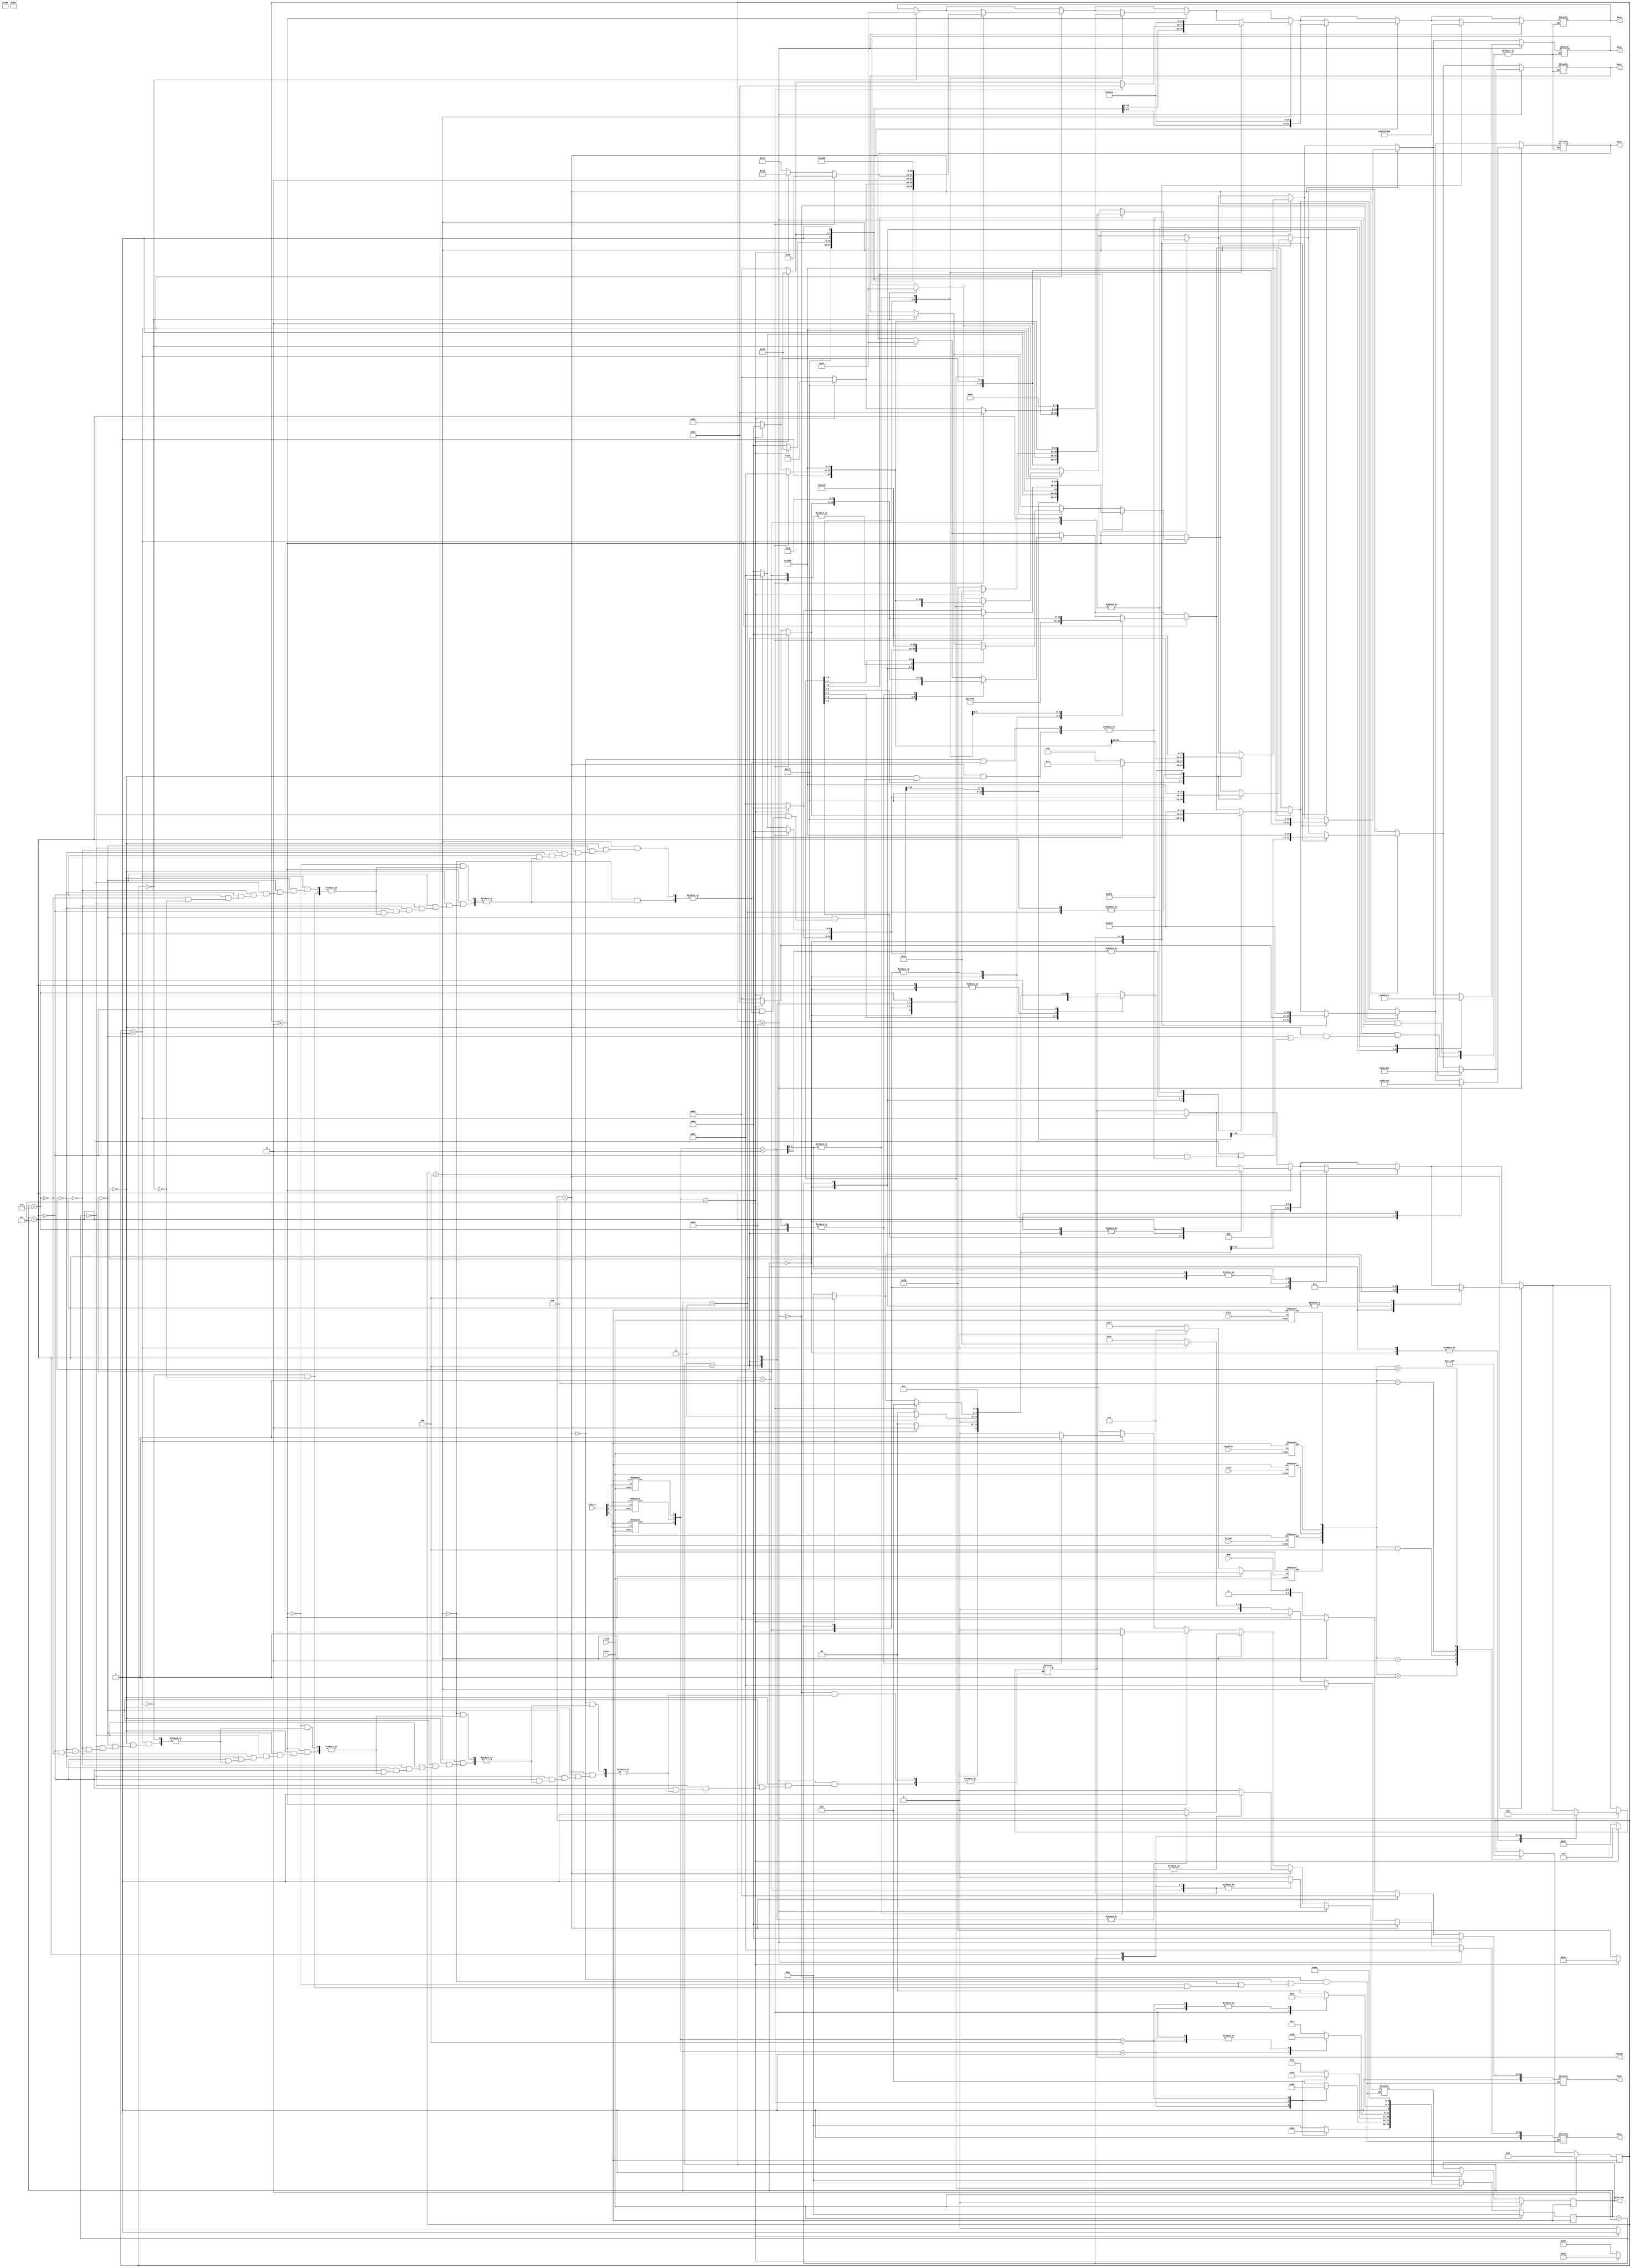

`timescale 1ns/1ns

module vendingMachine(clock, reset, coin_c, MnM, KitKat, Lays, Doritos, Coke, prod_out, hex0, hex1, hex2, hex3, hex4, hex5, change);
	
	input clock;
	input reset;
	input wire [2:0]coin_c;
	input MnM, KitKat, Lays, Doritos, Coke;
	
	output reg prod_out;
	output reg [7:0] hex0, hex1, hex2, hex3, hex4, hex5;
	
	reg [2:0]state,next_state;
	reg prod; 
	output reg [2:0]change;
	
	wire out_en;
	wire [63:0] out;
	wire A, B, C, D, E;
	wire [2:0]coin;
	
	//Change defined as parameter
	parameter [2:0] zero=3'b000;
	parameter [2:0] nickel=3'b001;
	parameter [2:0] dime=3'b010;
	parameter [2:0] nickel_dime=3'b011;
	parameter [2:0] dime_dime=3'b100;
	parameter [2:0] quarter=3'b101;

	//States defined as parameter
	parameter [2:0] IDLE=3'b000;
	parameter [2:0] FIVE=3'b001;
	parameter [2:0] TEN=3'b010;
	parameter [2:0] FIFTEEN=3'b011;
	parameter [2:0] TWENTY=3'b100;
	parameter [2:0] TWENTYFIVE=3'b101;
	parameter [2:0] THIRTY = 3'b110;
	

	//Coins defined as parameter
	parameter [2:0] Ni = 3'b001;
	parameter [2:0] Di = 3'b010;
	parameter [2:0] Qu = 3'b100;


	//Debouced module (written below) instantiated here for products and input currencies
	debounce Adb(MnM,clock,reset,A);
	debounce Bdb(KitKat,clock,reset,B);
	debounce Cdb(Lays,clock,reset,C);
	debounce Ddb(Doritos,clock,reset,D);
	debounce Edb(Coke,clock,reset,E);
	debounce Dimedb(coin_c[1],clock,reset,coin[1]);
	debounce Nickeldb(coin_c[0],clock,reset,coin[0]);
	debounce Quarterdb(coin_c[2],clock,reset,coin[2]);
	

	//FSM design
	always @(state or coin)
	begin 
	case(state)
		IDLE: case(coin) 
			Ni: next_state=FIVE;
			Di: next_state=TEN;
			Qu: next_state=TWENTYFIVE;
			default: next_state=IDLE;
	endcase
		FIVE: case(coin) 
			Ni: next_state=TEN;
			Di: next_state=FIFTEEN;
			Qu: next_state=TWENTYFIVE; 
			default: next_state=FIVE;
	endcase
		TEN: case(coin) 
			Ni: next_state=FIFTEEN;
			Di: next_state=TWENTY;
			Qu: next_state=TWENTYFIVE;
			default: next_state=TEN;
	endcase
		FIFTEEN: case(coin)
			Ni: next_state=TWENTY;
			Di: next_state=TWENTYFIVE;
			Qu: next_state=TWENTYFIVE; 
			default: next_state=FIFTEEN;
	endcase
		TWENTY: case(coin) 
			Ni: next_state=TWENTYFIVE;
			Di: next_state=THIRTY; 
			Qu: next_state=TWENTYFIVE; 
			default: next_state=TWENTY;
	endcase
		TWENTYFIVE: next_state=TWENTYFIVE;
		THIRTY: next_state=THIRTY;
		default : next_state=IDLE;
	endcase
	end
	

	always @(posedge clock)
	begin 
		if(reset) begin
			state <= IDLE;
			
		end
		else begin 
			state <= next_state;end
		end
	
	//prod_flag holds the state until the required amount is received
	reg [4:0] prod_flag;
	always @(posedge clock)
	begin
		if(reset) begin
			prod_flag <= 5'b00000;
			end
		else begin
			case({A,B,C,D,E})
				5'b00001: prod_flag <= 5'b00001;
				5'b00010: prod_flag <= 5'b00010;
				5'b00100: prod_flag <= 5'b00100;
				5'b01000: prod_flag <= 5'b01000;
				5'b10000: prod_flag <= 5'b10000;
				default : prod_flag <= prod_flag;
			endcase
		end
	end
	
	//counter c1(clock, prod, reset , out, out_en);
	always @(posedge clock)
	begin
		if(reset)
			prod_out <= 1'b0;
		else if(prod==1'b1)
			prod_out <= 1'b1;
		else 
			prod_out <= prod_out;
	end

	always @ (state or prod_flag) begin
	
	
	if(prod_flag==5'b00000) begin
		prod <= 1'b0;
		hex5 <= 8'b10111111; hex4 <= 8'b10111111;
		hex3 <= 8'b10111111;hex2 <= 8'b10111111;
		hex1 <= 8'b10111111;hex0 <= 8'b10111111;
	end

	// Product is Coke and price is 25 cents
	
	if (prod_flag==5'b00001) begin

		hex5 <= 8'b10100100; hex4 <= 8'b10010010;
		
		case (state)
			IDLE: begin 
				prod <= 1'b0; 
				change <=3'd0;
				hex3 <= 8'b10111111; hex2 <= 8'b10111111;
				hex1 <= 8'b10111111; hex0 <= 8'b10111111;
			end
			FIVE: begin 
				prod <= 1'b0;
				hex3 <= 8'b11000000; hex2 <= 8'b10010010;
				if (coin==quarter) begin 
					change <=nickel;
					hex3 <= 8'b10110000; hex2 <= 8'b11000000; 
					hex1 <= 8'b11000000; hex0 <= 8'b10010010;
				end
				else begin 
					change <=3'd0;
					hex1 <= 8'b11111001; hex0 <= 8'b10101011; 
				end 
			end
			TEN: begin 
				prod <= 1'b0;
				hex3 <= 8'b11111001; hex2 <= 8'b11000000;
				if (coin==quarter) begin 
					hex3 <= 8'b10110000; hex2 <= 8'b10010010;
					change <=dime;
					hex1 <= 8'b11111001; hex0 <= 8'b11000000; 
				end 
				else begin 
				change <= 3'd0; 
				hex1 <= 8'b11111001; hex0 <= 8'b10101011;
				end 
			end
			FIFTEEN : begin 
				prod <= 1'b0;
				hex3 <= 8'b11111001; hex2 <= 8'b10010010; 
				if (coin==quarter) begin 
					change <=nickel_dime; 
					hex3 <= 8'b10011001; hex2 <= 8'b11000000; 
					hex1 <= 11111001; hex0 <= 10010010; 
				end 
				else begin 
					change <= 3'd0; 
					hex1 <= 8'b11111001; hex0 <= 8'b10101011;
				end 
			end
			TWENTY : begin 
				prod <= 1'b0;
				hex3 <= 8'b10100100; hex2 <= 8'b11000000; 
				if (coin==dime) begin 
					change <=nickel; 
					hex3 <= 8'b10110000; hex2 <= 8'b11000000; 
					hex1 <= 8'b11000000; hex0 <= 8'b10010010;
				end 
				else if (coin==quarter) begin 
					hex3 <= 8'b10011001; hex2 <= 8'b10010010; 
					change <=dime_dime; 
					hex1 <= 8'b10100100; hex0 <= 8'b11000000;
				end 
				else begin 
					change <= 3'd0; 
					hex1 <= 8'b11111001; hex0 <= 8'b10101011;
				end 
			end
			TWENTYFIVE : begin 
				prod <= 1'b1; change <=3'd0; 
				hex3 <= 8'b10100100; hex2 <= 8'b10010010; 
				hex1 <= 8'b11000000; hex0 <= 8'b11000000; 
			end
			THIRTY : begin 
				prod <= 1'b1; change <= nickel; 
				hex3 <= 8'b10110000; hex2 <= 8'b11000000;
				hex1 <= 8'b11000000; hex0 <= 8'b10010010;
			end
			default: prod <= 1'b0;
		endcase
	end
	
	// Product is Doritos and price is 20 cents
	
	if (prod_flag==5'b00010) begin

		hex5 <= 8'b10100100; hex4 <= 8'b11000000;

		case (state) 
			IDLE: begin 
				prod <= 1'b0; change <=3'd0; 
				hex3 <= 8'b10111111; hex2 <= 8'b10111111; 
				hex1 <= 8'b10111111; hex0 <= 8'b10111111; 
			end
			FIVE: begin 
				prod <= 1'b0; 
				hex3 <= 8'b11000000; hex2 <= 8'b10010010;
				if (coin==quarter) begin 
					change <=dime; 
					hex3 <= 8'b10110000; hex2 <= 8'b11000000; 
					hex1 <= 8'b11111001; hex0 <= 8'b11000000;
				end 
				else begin 
					change <=3'd0; 
					hex1<= 8'b11111001; hex0 <= 8'b10101011; 
				end 
			end
			TEN: begin 
				prod <= 1'b0; 
				hex3 <= 8'b11111001; hex2 <= 8'b11000000; 
				if (coin==quarter) begin 
					change <=nickel_dime; 
					hex3 <= 8'b10110000; hex2 <= 8'b10010010; 
					hex1 <= 8'b11111001; hex0 <= 8'b10010010; 
				end  
				else begin 
					change <= 3'd0; 
					hex1<= 8'b11111001; hex0 <= 8'b10101011; 
				end  
			end
			FIFTEEN : begin 
				prod <= 1'b0; 
				hex3 <= 8'b11111001; hex2 <= 8'b10010010; 
				if(coin==dime) begin 
					change <=nickel; 
					hex3 <= 8'b10100100; hex2 <= 8'b10010010; 
					hex1 <= 8'b11000000; hex0 <= 8'b10010010;
				end 
				else if(coin==quarter) begin 
					change<= dime_dime; 
					hex3 <= 8'b10011001; hex2 <= 8'b11000000; 
					hex1<= 8'b10100100; hex0 <= 8'b11000000;
				end 
				else begin 
					change <= 3'd0; 
					hex1<= 8'b11111001; hex0 <= 8'b10101011; 
				end 
			end
			TWENTY : begin 
				prod <= 1'b1; change<= 3'd0; 
				hex3 <= 8'b10100100; hex2 <= 8'b11000000; 
				hex1 <= 8'b11000000; hex0 <= 8'b11000000;
			end
			TWENTYFIVE : begin 
				prod <= 1'b1; change <=nickel; 
				hex3 <= 8'b10100100; hex2 <= 8'b10010010; 
				hex1 <= 8'b11000000; hex0 <= 8'b10010010; 
			end
			default: prod <= 1'b0;
		endcase
	end

	// Product is Lays and price is 15 cents
	
	if (prod_flag==5'b00100) begin

		hex5 <= 8'b11111001; hex4 <= 8'b10010010;

		case (state)
			IDLE: begin 
				prod <= 1'b0; change <=3'd0; 
				hex3 <= 8'b10111111; hex2 <= 8'b10111111; 
				hex1 <= 8'b10111111; hex0 <= 8'b10111111;
			end
			FIVE: begin 
				prod <= 1'b0; 
				hex3 <= 8'b11000000; hex2 <= 8'b10010010;
				if (coin==quarter) begin 
					change <=nickel_dime; 
					hex3 <= 8'b10110000; hex2 <= 8'b11000000; 
					hex1 <= 8'b11111001; hex0 <= 8'b10100100;
				end 
				else begin 
					change <=3'd0; 
					hex1 <= 8'b11111001; hex0 <= 8'b10101011;
				end  
			end
			TEN: begin 
				prod <= 1'b0;
				hex3 <= 8'b11111001; hex2 <= 8'b11000000;
				if(coin==dime) begin 
					change <=nickel; 
					hex3 <= 8'b10100100; hex2 <= 8'b11000000;
					hex1 <= 8'b11000000;hex0 <= 8'b10010010; end
				else if(coin==quarter) begin
					change<= dime_dime; 
					hex3 <= 8'b10110000; hex2 <= 8'b10010010;
					hex1 <= 8'b10100100; hex0 <= 8'b11000000; end
				else begin change <=3'd0;
				hex1 <= 8'b11111001; hex0 <= 8'b10101011; 
				end 
			end
			FIFTEEN : begin 
				prod <= 1'b1;change<= 3'd0; 
				hex3 <= 8'b11111001; hex2 <= 8'b10010010; 
				hex1 <= 8'b11000000; hex0 <= 8'b11000000;
			end
			TWENTY : begin 
				prod <= 1'b1; change<= nickel;
				hex3 <= 8'b10100100; hex2 <= 8'b11000000; 
				hex1 <= 8'b11000000; hex0 <= 8'b10010010; 
			end
			TWENTYFIVE : begin 
				prod <= 1'b1; change <=dime;
				hex3 <= 8'b10100100; hex2 <= 8'b10010010;
				hex1 <= 8'b11111001; hex0 <= 8'b11000000;
			end
			default: prod <= 1'b0;
		endcase
	end
	
	//Product is KitKat and price is 10 cents

	if (prod_flag==5'b01000) begin

		hex5 <= 8'b11111001; hex4 <= 8'b11000000;

		case (state) 
			IDLE: begin 
				prod <= 1'b0; change <= 3'd0;
				hex3 <= 8'b10111111; hex2 <= 8'b10111111; 
				hex1 <= 8'b10111111; hex0 <= 8'b10111111;
			end
			FIVE: begin 
				prod <= 1'b0; 
				hex3 <= 8'b11000000; hex2 <= 8'b10010010; 
				if (coin==quarter) begin 
					change <=dime_dime; 
					hex3 <= 8'b10110000; hex2 <= 8'b11000000; 
					hex1 <= 8'b10100100; hex0 <= 8'b11000000; 
				end else begin 
					change <=3'd0; 
					hex1 <= 8'b11111001; hex0 <= 8'b10101011;
				end 
			end
			TEN: begin 
				prod <= 1'b1; change <= 3'd0; 
				hex3 <= 8'b11111001; hex2 <= 8'b11000000; 
				hex1 <= 8'b11000000; hex0 <= 8'b11000000; 
			end
			TWENTYFIVE : begin 
				prod <= 1'b1; change <=nickel_dime; 
				hex3 <= 8'b10100100; hex2 <= 8'b10010010; 
				hex1 <= 8'b11111001; hex0 <= 8'b10010010; 
			end
			default: prod <= 1'b0;
		endcase
	end
	
	//Product is MnM and price is 5 cents

	if (prod_flag==5'b10000) begin

		hex5 <= 8'b11000000; hex4 <= 8'b10010010;

		case (state) 
		IDLE: begin 
			prod <= 1'b0; change <=3'd0; 
			hex3 <= 8'b10111111; hex2 <= 8'b10111111; 
			hex1 <= 8'b10111111; hex0 <= 8'b10111111; 
		end
		FIVE: begin 
			prod <= 1'b1; change <= 3'd0;
			hex3 <= 8'b11000000; hex2 <= 8'b10010010; 
			hex1 <= 8'b11000000; hex0 <= 8'b11000000; 
		end
		TEN: begin 
			prod <= 1'b1; change <= nickel; 
			hex3 <= 8'b11111001; hex2 <= 8'b11000000; 
			hex1 <= 8'b11000000; hex0 <= 8'b10010010; 
		end
		TWENTYFIVE : begin 
			prod <= 1'b1; change <= dime_dime;
			hex3 <= 8'b10100100; hex2 <= 8'b10010010; 
			hex1 <= 8'b10100100; hex0 <= 8'b11000000; 
		end
		default: prod <= 1'b0; 
		endcase
	end
	end
	
endmodule


//Module to Debouce the input single

module debounce(in,clk,reset,out);
	input in,clk,reset;
	output out;
	reg dff1,dff2;

	always @(posedge clk)
	begin
		if(reset)
			{dff2,dff1} <= 2'b00;
		else
			{dff2,dff1} <= {dff1,in};
	end

	assign out = (dff1 & ~dff2);
endmodule

/*
//Module for counter

module counter (clk_50mhz, prod, reset , out, out_en);
	input clk_50mhz, reset,prod;
	output reg [63:0] out;
	output reg out_en;
	reg en;

	always @(posedge clk_50mhz)
	begin
		if(reset)
			en <= 1'b0;
		else if(prod==1'b1)
			en <= 1'b1;
		else 
			en <= en;
	end

	always @(posedge clk_50mhz) 
	begin
		if(reset) begin
			out <= 1'b0; out_en <= 1'b0; end
		else begin
			if(en) begin
				if (out == (50000000*2)) begin
					out <= out; out_en <= 1'b1; 
				end
				else if (out != (50000000*2)) begin
					out <= out + 64'h00000001; out_en <= 1'b0;
				end
			end
			else 
				out <= 'b0; out_en <= 1'b0;
		end 
	end
endmodule
*/